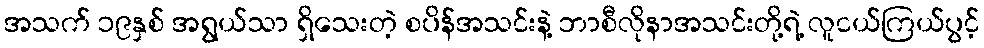
အသက် ၁၉နှစ် အရွယ်သာ ရှိသေးတဲ့ စပိန်အသင်းနဲ့ ဘာစီလိုနာအသင်းတို့ရဲ့ လူငယ်ကြယ်ပွင့်